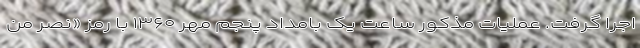
اجرا گرفت. عملیات مذکور ساعت یک بامداد پنجم مهر ۱۳۶۰ با رمز «نصر من